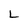
Character: L